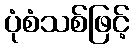
ပုံစံသစ်ဖြင့်